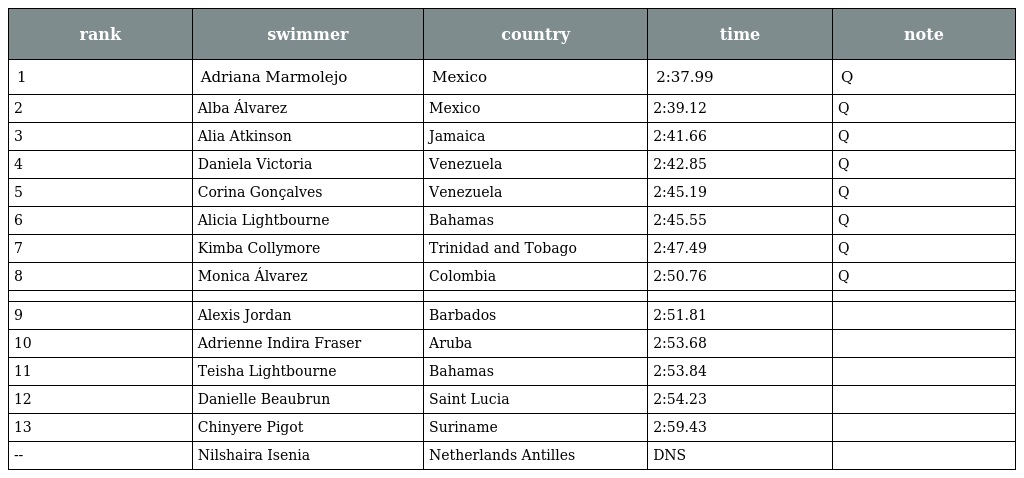
| rank | swimmer | country | time | note |
 | --- | --- | --- | --- | --- |
 | 1 | Adriana Marmolejo | Mexico | 2:37.99 | Q |
 | 2 | Alba Álvarez | Mexico | 2:39.12 | Q |
 | 3 | Alia Atkinson | Jamaica | 2:41.66 | Q |
 | 4 | Daniela Victoria | Venezuela | 2:42.85 | Q |
 | 5 | Corina Gonçalves | Venezuela | 2:45.19 | Q |
 | 6 | Alicia Lightbourne | Bahamas | 2:45.55 | Q |
 | 7 | Kimba Collymore | Trinidad and Tobago | 2:47.49 | Q |
 | 8 | Monica Álvarez | Colombia | 2:50.76 | Q |
 |  |  |  |  |  |
 | 9 | Alexis Jordan | Barbados | 2:51.81 |  |
 | 10 | Adrienne Indira Fraser | Aruba | 2:53.68 |  |
 | 11 | Teisha Lightbourne | Bahamas | 2:53.84 |  |
 | 12 | Danielle Beaubrun | Saint Lucia | 2:54.23 |  |
 | 13 | Chinyere Pigot | Suriname | 2:59.43 |  |
 | -- | Nilshaira Isenia | Netherlands Antilles | DNS |  |